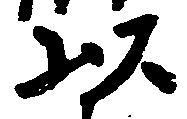
以